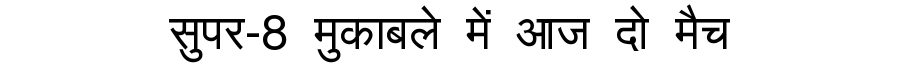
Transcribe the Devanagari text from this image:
सुपर-8 मुकाबले में आज दो मैच